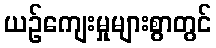
ယဉ်ကျေးမှုများစွာတွင်